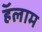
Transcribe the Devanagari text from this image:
हॅलाम